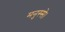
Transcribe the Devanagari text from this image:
मनुस्से।